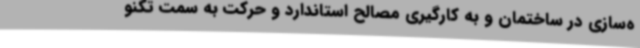
ه‌سازی در ساختمان و به کارگیری مصالح استاندارد و حرکت به سمت تکنو